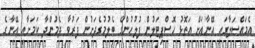
އެމައްސަލާގައި އޭނާއަށް އަތޮޅު ހޮސްޕިޓަލުން ފުލުހުންގެ ބެލުމުގެދަށުން ފަރުވާ ދެމުންދާ ކަމަށާއި އޭނާގެ